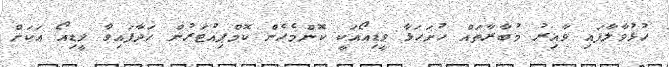
ހުޅުވާލާފައި ވާއިރު މުބާރާތައް ހުށަހަޅާ ވީޑިއޯއަކީ ކޮންމެހެން ކޮމްޕިއުޓަރުން ހަދާފައިވާ ވީޑިއޯ އަކަށް